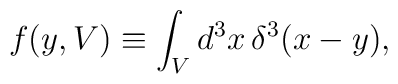
f(y,V) \equiv \int_{V}d^3x \,\delta^{3}(x-y),